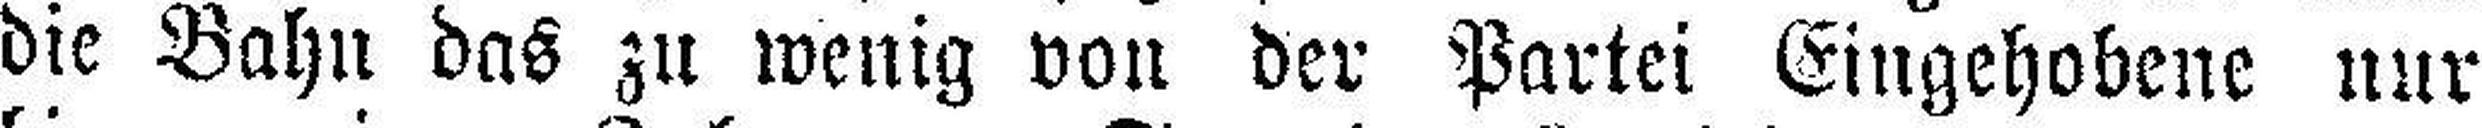
die Bahn das zu wenig von der Partei Eingehobene nur